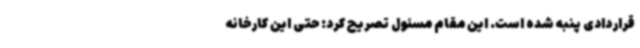
قراردادی پنبه شده است. این مقام مسئول تصریح کرد: حتی این کارخانه